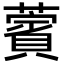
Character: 薲